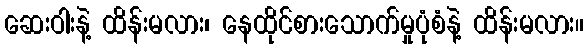
ဆေးဝါးနဲ့ ထိန်းမလား၊ နေထိုင်စားသောက်မှုပုံစံနဲ့ ထိန်းမလား။